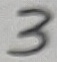
Text: 3